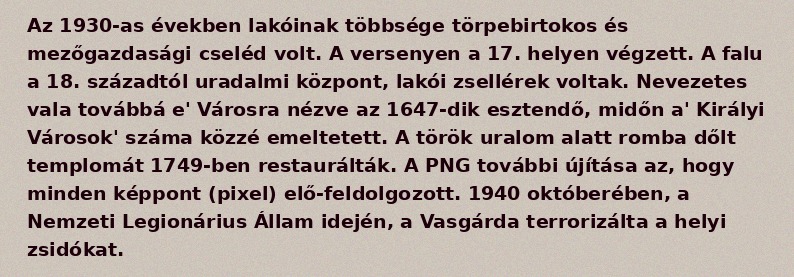
Az 1930-as években lakóinak többsége törpebirtokos és mezőgazdasági cseléd volt. A versenyen a 17. helyen végzett. A falu a 18. századtól uradalmi központ, lakói zsellérek voltak. Nevezetes vala továbbá e' Városra nézve az 1647-dik esztendő, midőn a' Királyi Városok' száma közzé emeltetett. A török uralom alatt romba dőlt templomát 1749-ben restaurálták. A PNG további újítása az, hogy minden képpont (pixel) elő-feldolgozott. 1940 októberében, a Nemzeti Legionárius Állam idején, a Vasgárda terrorizálta a helyi zsidókat.